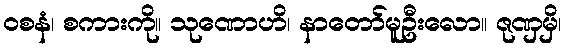
ဝစနံ၊ စကားကို။ သုဏောဟိ၊ နာတော်မူဦးလော။ ဇုဏှမှိ၊